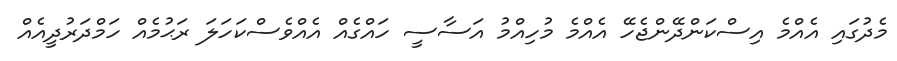
މެދުގައި އެއްމެ އިސްކަންދޭންޖެހޭ އެއްމެ މުހިއްމު އަސާސީ ހައްގެއް އެއްވެސްކަހަލަ ރަޙުމެއް ހަމްދަރުދީއެއް